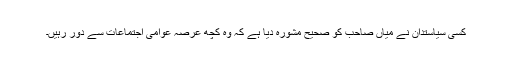
کسی سیاستدان نے میاں صاحب کو صحیح مشورہ دیا ہے کہ وہ کچھ عرصہ عوامی اجتماعات سے دور رہیں۔